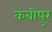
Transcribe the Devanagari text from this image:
कंबीपुर